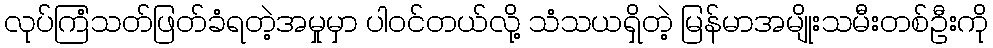
လုပ်ကြံသတ်ဖြတ်ခံရတဲ့အမှုမှာ ပါဝင်တယ်လို့ သံသယရှိတဲ့ မြန်မာအမျိုးသမီးတစ်ဦးကို